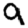
Digit: 9